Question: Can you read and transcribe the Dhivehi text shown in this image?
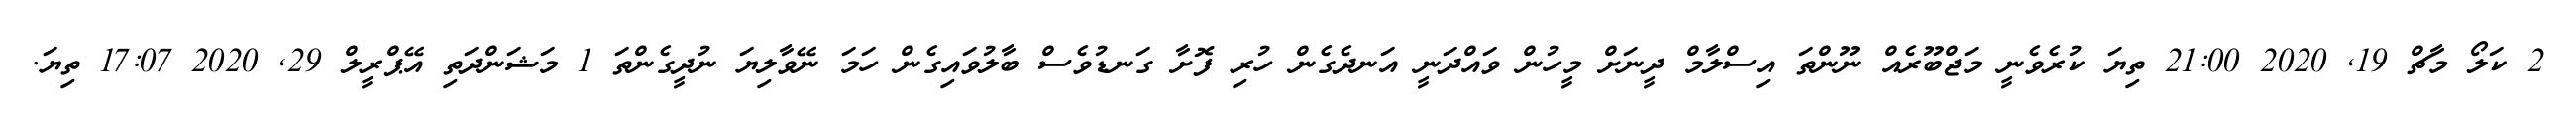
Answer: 2 ކަލޯ މާޗް 19, 2020 21:00 ތިޔަ ކުރެވެނީ މަޖްބޫރެއް ނޫންތަ އިސްލާމް ދީނަށް މީހުން ވައްދަނީ އަނދެގެން ހުރި ފޮށާ ގަނޑުވެސް ބާލުވައިގެން ހަމަ ނޭވާލިޔަ ނުދީގެންތަ 1 މަޝަންދަތި އޭޕްރީލް 29, 2020 17:07 ތިޔަ.